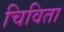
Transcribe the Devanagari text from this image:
चिविता